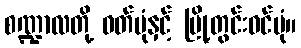
စဏ္ဍာလတို့ ဝတ်ပုံနှင့် မြို့တွင်းဝင်ပုံ။